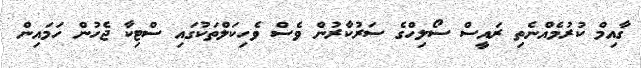
ގާއިމް ކުރުމެއްނެތި ރައީސް ސޯލިހްގެ ސަރުކާރުން ވެސް ވެހިކަލްތަކުގައި ސްޓިކާ ޖެހުން ހަމައިން